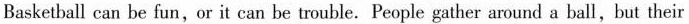
Basketball can be fun,or it can be trouble. People gather around a ball,but their